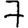
Digit: 7